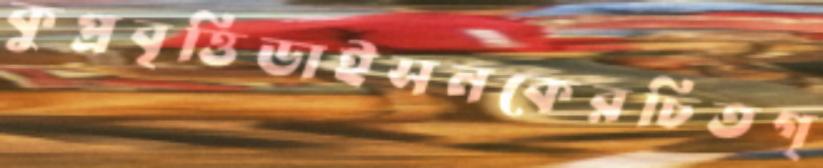
কুপ্রবৃত্তিডাইসনকেরচিতগ্